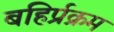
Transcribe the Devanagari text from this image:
बहिर्प्रक्रम